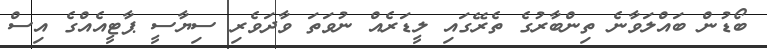
ބޯޑުން ބައްލަވާނެ ތިންބާރުގެ ތެރޭގައި ލީޑަރެއް ނުވަތަ ވާދަވެރި ސިޔާސީ ޕާޓީއެއްގެ އިސް